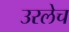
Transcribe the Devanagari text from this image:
उरलेच